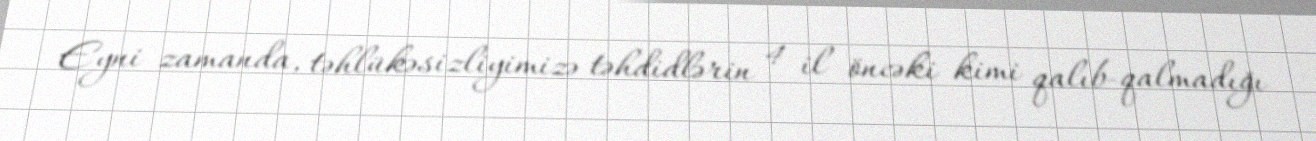
Eyni zamanda, təhlükəsizliyimizə təhdidlərin 4 il öncəki kimi qalıb-qalmadığı